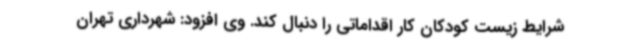
شرایط زیست کودکان کار اقداماتی را دنبال کند. وی افزود: شهرداری تهران